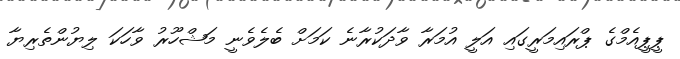
ޕީޕީއެމްގެ ޕްރައިމަރީގައި އަލީ އުމަރާ ވާދަކުރާނެ ކަމަށް ބެލެވެނީ މަޝްހޫރު ވާހަކަ ލިޔުންތެރިޔާ